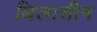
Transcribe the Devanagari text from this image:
थिलासीन